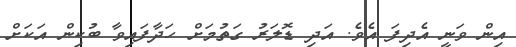
އިން ވަނީ އެދިފަ އެވެ. އަދި ޑޮލަރު ގަތުމަށް ހަދާފައިވާ ބުކިން އަކަށް